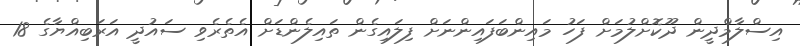
އިސްލާމްދީން ދޫކޮށްލުމަށް ފަހު މައިންބަފައިންނަށް ފިލައިގެން ތައިލެންޑަށް އެތެރެވި ސައުދީ އަރަބިއްޔާގެ 18